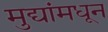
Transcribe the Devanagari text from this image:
मुद्यांमधून